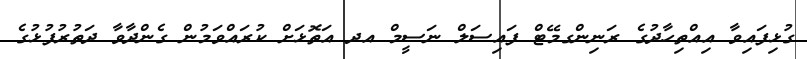
ގުޅިފައިވާ އިއްތިހާދުގެ ރަނިންގމޭޓް ފައިސަލް ނަސީމް އދ އަތޮޅަށް ކުރައްވަމުން ގެންދާވާ ދަތުރުފުޅުގެ